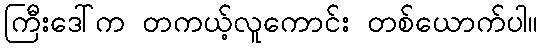
ကြီးဒေါ်က တကယ့်လူကောင်း တစ်ယောက်ပါ။